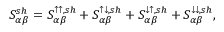
{ S _ { \alpha \beta } ^ { s h } = S _ { \alpha \beta } ^ { \uparrow \uparrow , s h } + S _ { \alpha \beta } ^ { \uparrow \downarrow , s h } + S _ { \alpha \beta } ^ { \downarrow \uparrow , s h } + S _ { \alpha \beta } ^ { \downarrow \downarrow , s h } , }